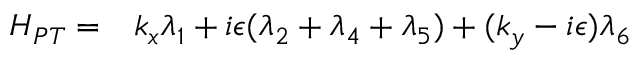
\begin{array} { r l } { H _ { P T } = } & { { } k _ { x } \lambda _ { 1 } + i \epsilon ( \lambda _ { 2 } + \lambda _ { 4 } + \lambda _ { 5 } ) + ( k _ { y } - i \epsilon ) \lambda _ { 6 } } \end{array}